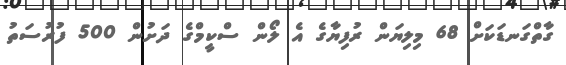
ގާތްގަނޑަކަށް 68 މިލިޔަން ރުފިޔާގެ އެ ލޯން ސްކީމްގެ ދަށުން 500 ފުރުސަތު